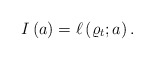
\begin{align*}I \left( a \right) = \ell \left( \varrho_{t} ; a \right).\end{align*}